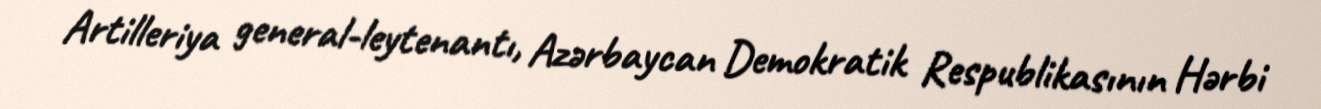
Artilleriya general-leytenantı, Azərbaycan Demokratik Respublikasının Hərbi